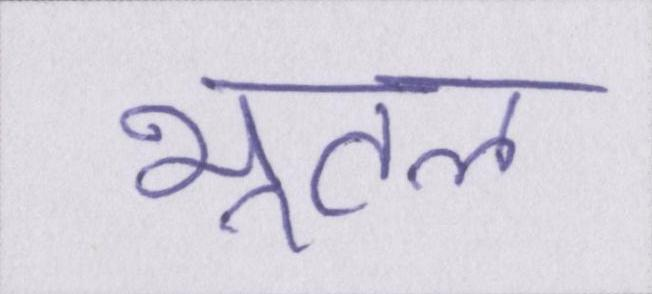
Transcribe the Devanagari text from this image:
भूतल